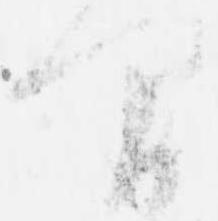
間